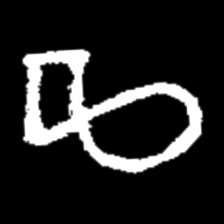
Pyu character \u2014 Myanmar letter: ဆ (romanized: cha)